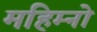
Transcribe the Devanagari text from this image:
महिम्नो